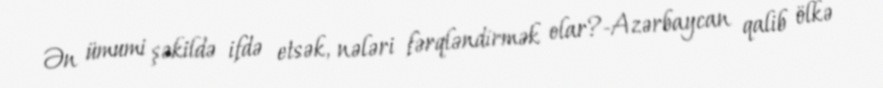
Ən ümumi şəkildə ifdə etsək, nələri fərqləndirmək olar?-Azərbaycan qalib ölkə